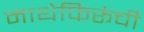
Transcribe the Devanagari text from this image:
माथेफिरूंची